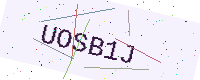
Text: UOSB1J